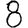
Digit: 8